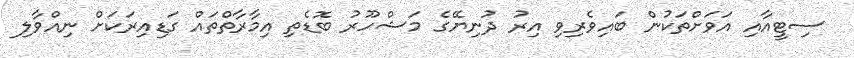
ސިޓީއާއި އަވަށްތަކުން ބައިވެރިވި އިރު ދުނިޔޭގެ މަޝްހޫރު ބޮޑެތި އިމާރާތްތައް ގަޑިއިރަކަށް ނިއްވާލި